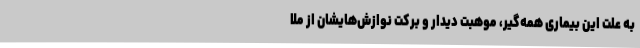
به علت این بیماری همه‌گیر، موهبت دیدار و برکت نوازش‌هایشان از ملا